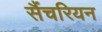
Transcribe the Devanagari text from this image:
सैंचरियन